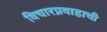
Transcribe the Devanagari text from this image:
विचारप्रवाहाची